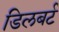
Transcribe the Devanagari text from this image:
डिलबर्ट